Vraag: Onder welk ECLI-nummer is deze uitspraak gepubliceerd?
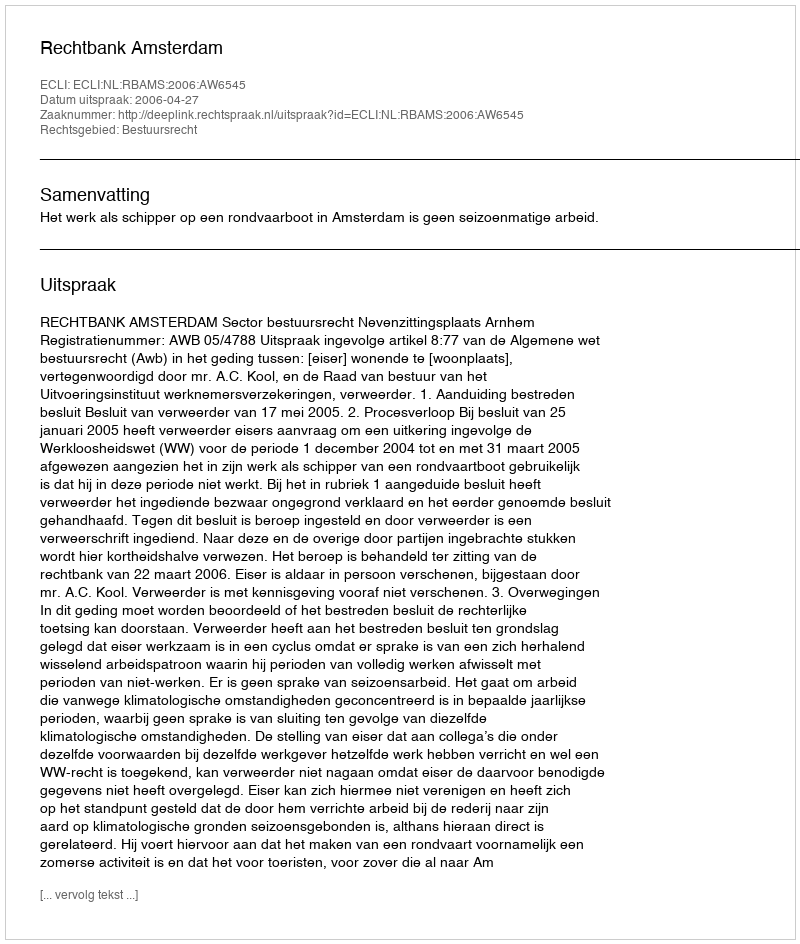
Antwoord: ECLI:NL:RBAMS:2006:AW6545